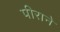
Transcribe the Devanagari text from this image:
पीराने